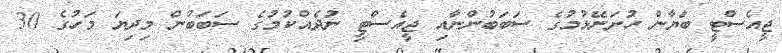
ޖީއެސްޓީ ބަޔާން ހުށަނޭޅުމުގެ ސަބަބުންނާއި ޖީއެސްޓީ ނުދެއްކުމުގެ ސަބަބުން މިދިޔަ މަހުގެ 30